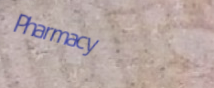
Pharmacy